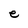
Character: e